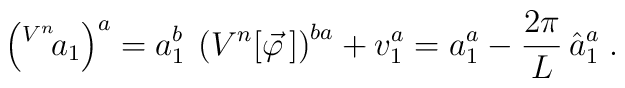
\left(^{V^n}{\!a}_1\right)^a =    a_1^b \: \left( V^n [\vec \varphi\,] \right)^{ba} + v_1^a =    a_1^a - \frac{2\pi}{L} \, \hat a_1^a \; .